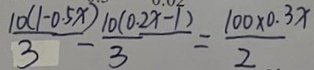
\frac { 1 0 ( 1 - 0 . 5 x ) } { 3 } - \frac { 1 0 ( 0 . 2 x - 1 ) } { 3 } = \frac { 1 0 0 \times 0 . 3 x } { 2 }